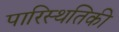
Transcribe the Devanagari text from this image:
पारिस्थतिकी